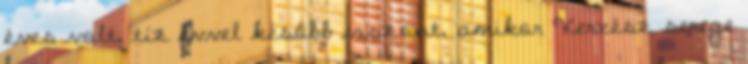
éves volt, tíz évvel később viszont, amikor Xerxész serege